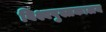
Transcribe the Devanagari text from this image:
विश्वपुस्तकालय